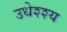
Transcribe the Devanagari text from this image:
उधेश्श्य